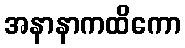
အနာနာကထိကော